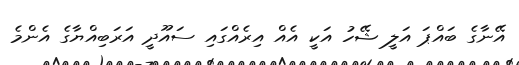
އޭނާގެ ބައްޕަ އަަލީ ޝޭހު އަކީ އެއް އިރެއްގައި ސައޫދީ އަރަބިއްޔާގެ އެންމެ